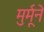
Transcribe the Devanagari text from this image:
मुर्मूने